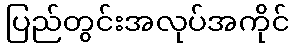
ပြည်တွင်းအလုပ်အကိုင်